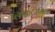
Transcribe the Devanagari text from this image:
प्लांकटोनिक